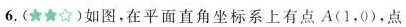
6.(★★☆)如图，在平面直角坐标系上有点A(1，0)，点